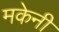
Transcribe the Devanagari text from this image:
मकेनी